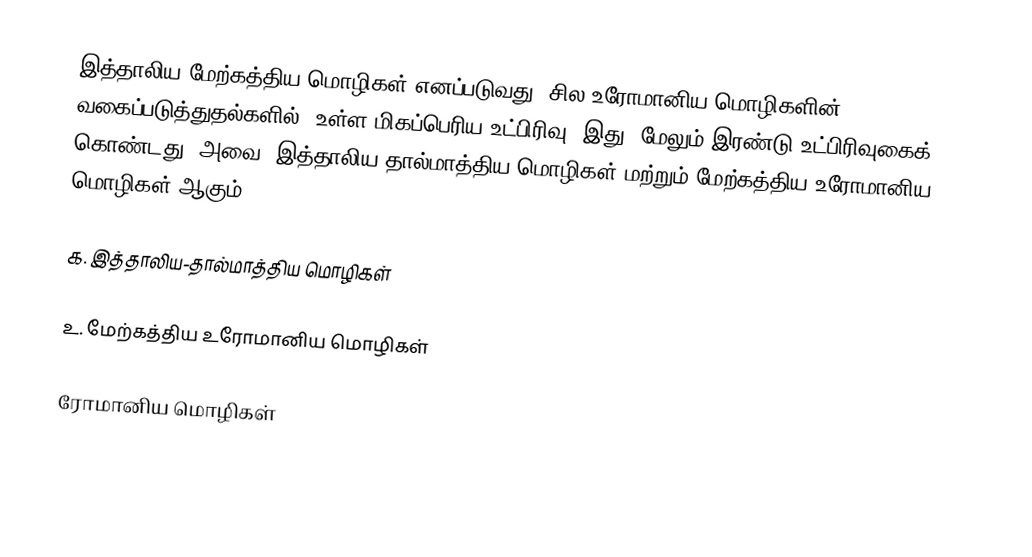
இத்தாலிய-மேற்கத்திய மொழிகள் எனப்படுவது, சில உரோமானிய மொழிகளின் வகைப்படுத்துதல்களில், உள்ள மிகப்பெரிய உட்பிரிவு. இது, மேலும் இரண்டு உட்பிரிவுகைக் கொண்டது. அவை,  இத்தாலிய-தால்மாத்திய மொழிகள் மற்றும் மேற்கத்திய உரோமானிய மொழிகள் ஆகும்.

௧. இத்தாலிய-தால்மாத்திய மொழிகள்

௨. மேற்கத்திய உரோமானிய மொழிகள்

ரோமானிய மொழிகள்